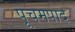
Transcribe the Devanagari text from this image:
पूचमपाद